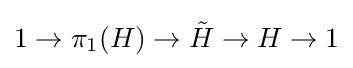
1\to \pi _{1}(H)\to {\tilde {H}}\to H\to 1